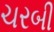
ચરબી